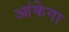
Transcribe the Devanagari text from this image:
आंकेगा